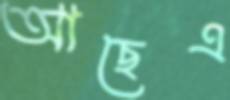
আছেএ